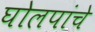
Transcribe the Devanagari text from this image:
घोलपांचे